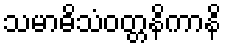
သမာဓိသံဝတ္တနိကာနိ